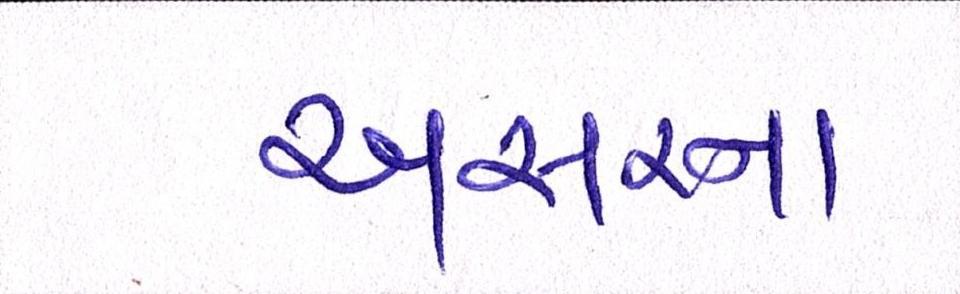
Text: અસરના